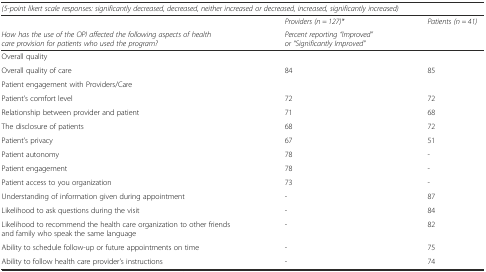
<table><thead><tr><td colspan="3"><b><i>(5-point likert scale responses: significantly decreased, decreased, neither increased or decreased, increased, significantly increased)</i></b></td></tr><tr><td></td><td><b><i>Providers (n = 127)*</i></b></td><td><b><i>Patients (n = 41)</i></b></td></tr><tr><td><b><i>How has the use of the OPI affected the following aspects of health care provision for patients who used the program?</i></b></td><td><b><i>Percent reporting “Improved” or “Significantly Improved”</i></b></td><td></td></tr></thead><tbody><tr><td>Overall quality</td><td colspan="2"></td></tr><tr><td>Overall quality of care</td><td>84</td><td>85</td></tr><tr><td>Patient engagement with Providers/Care</td><td colspan="2"></td></tr><tr><td>Patient’s comfort level</td><td>72</td><td>72</td></tr><tr><td>Relationship between provider and patient</td><td>71</td><td>68</td></tr><tr><td>The disclosure of patients</td><td>68</td><td>72</td></tr><tr><td>Patient’s privacy</td><td>67</td><td>51</td></tr><tr><td>Patient autonomy</td><td>78</td><td>-</td></tr><tr><td>Patient engagement</td><td>78</td><td>-</td></tr><tr><td>Patient access to you organization</td><td>73</td><td>-</td></tr><tr><td>Understanding of information given during appointment</td><td>-</td><td>87</td></tr><tr><td>Likelihood to ask questions during the visit</td><td>-</td><td>84</td></tr><tr><td>Likelihood to recommend the health care organization to other friends and family who speak the same language</td><td>-</td><td>82</td></tr><tr><td>Ability to schedule follow-up or future appointments on time</td><td>-</td><td>75</td></tr><tr><td>Ability to follow health care provider’s instructions</td><td>-</td><td>74</td></tr></tbody></table>